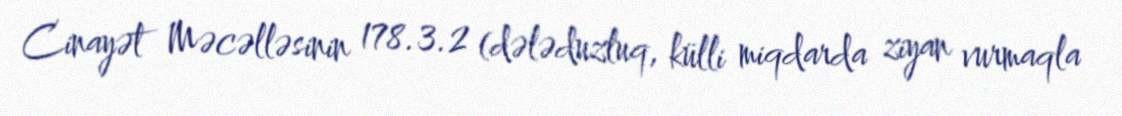
Cinayət Məcəlləsinin 178.3.2 (dələduzluq, külli miqdarda ziyan vurmaqla